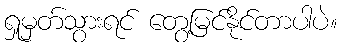
ရှုမှတ်သွားရင် တွေ့မြင်နိုင်တာပါပဲ။